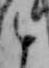
と